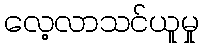
လေ့လာသင်ယူမှု